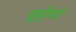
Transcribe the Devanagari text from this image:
छुट्टीयाँ